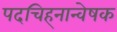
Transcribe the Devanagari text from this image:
पदचिह्‌नान्वेषक